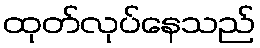
ထုတ်လုပ်နေသည်